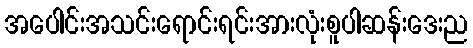
အပေါင်းအသင်းရောင်းရင်းအားလုံးစူပါဆန်းဒေးည